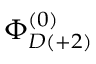
\Phi _ { D ( + 2 ) } ^ { ( 0 ) }